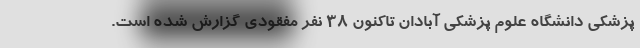
پزشکی دانشگاه علوم پزشکی آبادان تاکنون ۳۸ نفر مفقودی گزارش شده است.